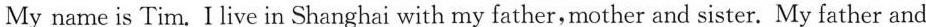
My name is Tim. I live in Shanghai with my father,mother and sister. My father and